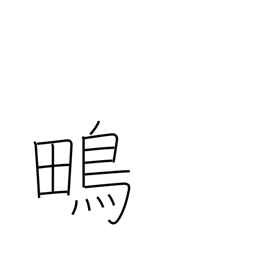
Meaning: snipe